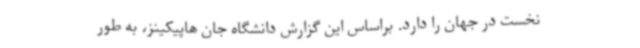
نخست در جهان را دارد. براساس این گزارش دانشگاه جان هاپیکینز، به طور